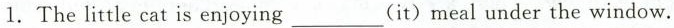
1.The little cat is enjoying ___(it)meal under the window.